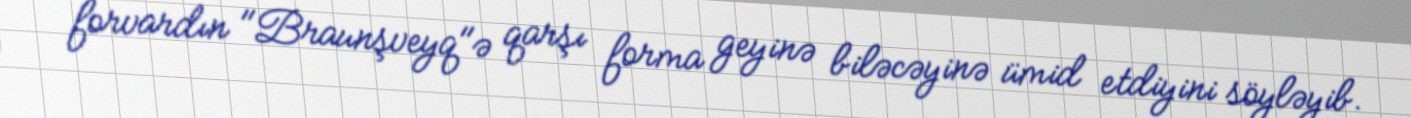
forvardın "Braunşveyq"ə qarşı forma geyinə biləcəyinə ümid etdiyini söyləyib.